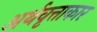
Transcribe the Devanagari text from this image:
अर्थवृत्ताकार